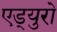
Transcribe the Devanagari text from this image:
एड्‌युरो